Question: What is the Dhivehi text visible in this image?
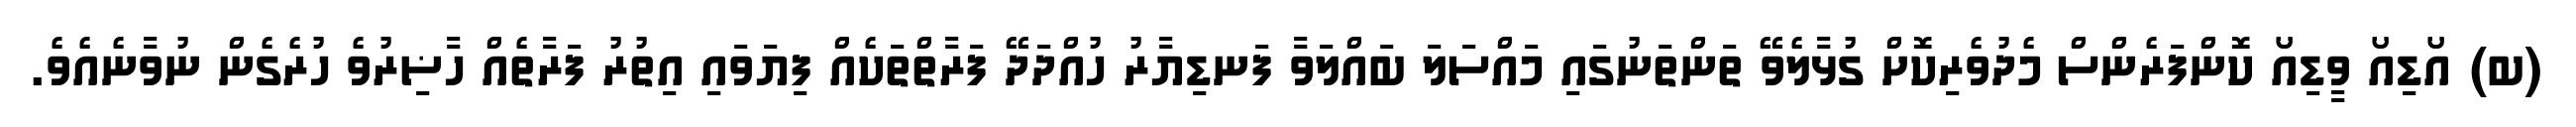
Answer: (ބ) އޯޑިއޯ ވީޑިއޯ ކޮންފަރެންސް މެދުވެރިކޮށް ގުޅާލެވޭ ތަންތަނުގައި މައްސަލަ ބައްލަވާ ފަނޑިޔާރު ހުއްދަދޭ ފަރާތްތަކެއް ފިޔަވައި އިތުރު ފަރާތެއް ހާޟިރުވެ ހުރެގެން ނުވާނެއެވެ.